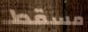
مسقط